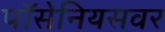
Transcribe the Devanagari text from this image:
पॉसेनियसवर